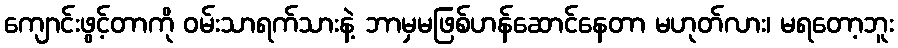
ကျောင်းဖွင့်တာကို ဝမ်းသာရက်သားနဲ့ ဘာမှမဖြစ်ဟန်ဆောင်နေတာ မဟုတ်လား၊ မရတော့ဘူး